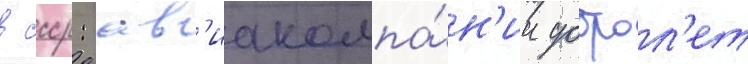
в ссср: ав'иакомпа́н'ии доброл'ет